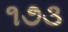
૧૭૩